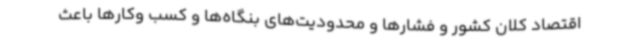
اقتصاد کلان کشور و فشارها و محدودیت‌های بنگاه‌ها و کسب وکارها باعث